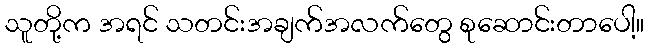
သူတို့က အရင် သတင်းအချက်အလက်တွေ စုဆောင်းတာပေါ့။